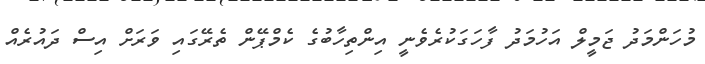
މުހަންމަދު ޖަމީލް އަހުމަދު ފާހަގަކުރެވެނީ އިންތިހާބުގެ ކެމްޕޭން ތެރޭގައި ވަރަށް އިސް ދައުރެއް